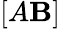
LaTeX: [A\mathbf{B}]